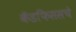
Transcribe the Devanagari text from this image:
कॅडफिससचे